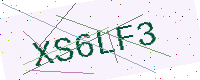
Text: XS6LF3